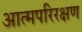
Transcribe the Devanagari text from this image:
आत्मपरिरक्षण